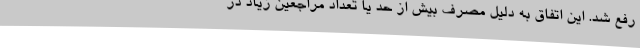
رفع شد. این اتفاق به دلیل مصرف بیش از حد یا تعداد مراجعین زیاد در